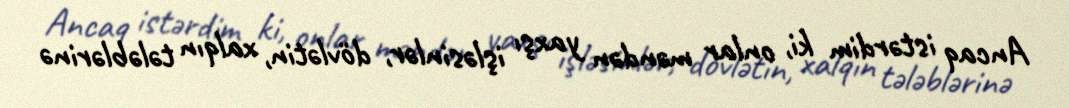
Ancaq istərdim ki, onlar məndən yaxşı işləsinlər, dövlətin, xalqın tələblərinə